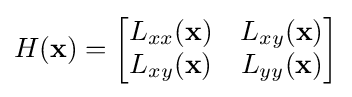
H(\mathbf {x} )={\begin{bmatrix}L_{xx}(\mathbf {x} )&L_{xy}(\mathbf {x} )\\L_{xy}(\mathbf {x} )&L_{yy}(\mathbf {x} )\\\end{bmatrix}}